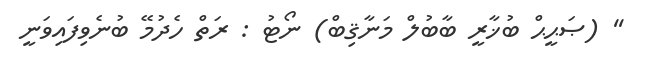
'' (ޞަޙީޙް ބުޚާރީ ބާބުލް މަނާޤިބް) ނޯޓު : ރަތް ހެދުމޭ ބުނެވިފައިވަނީ